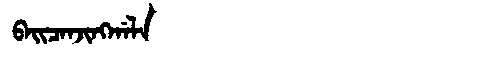
Manchu: ᠪᠠᡳᠴᠠᠨᠵᡳᠩᡤᠠᠯᠠ
Romanization: BAICANJINGGALA